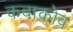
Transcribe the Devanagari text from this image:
कबाकोव